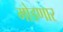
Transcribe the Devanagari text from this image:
मोडणार